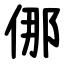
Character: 㑚